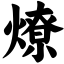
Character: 燎